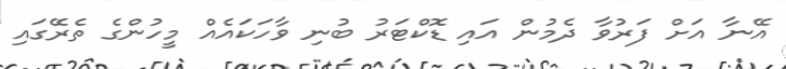
އޭނާ އަށް ފަރުވާ ދެމުން އައި ޑޮކްޓަރު ބުނި ވާހަކައެއް މީހުންގެ ތެރޭގައި